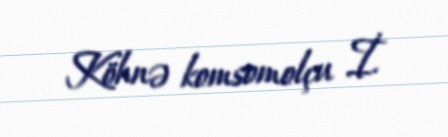
Köhnə komsomolçu İ.